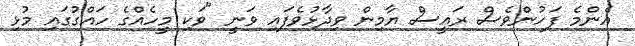
އެންމެ ފަހުންވެސް ރައީސް ޔާމިން ވިދާޅުވެފައި ވަނީ "ވަކި މީހެއްގެ ހައްގުގައި މުޅި